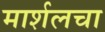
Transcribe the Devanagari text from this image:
मार्शलचा